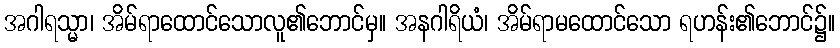
အဂါရသ္မာ၊ အိမ်ရာထောင်သောလူ၏ဘောင်မှ။ အနဂါရိယံ၊ အိမ်ရာမထောင်သော ရဟန်း၏ဘောင်၌။